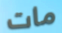
مات